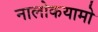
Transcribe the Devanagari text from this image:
नालोकयामो